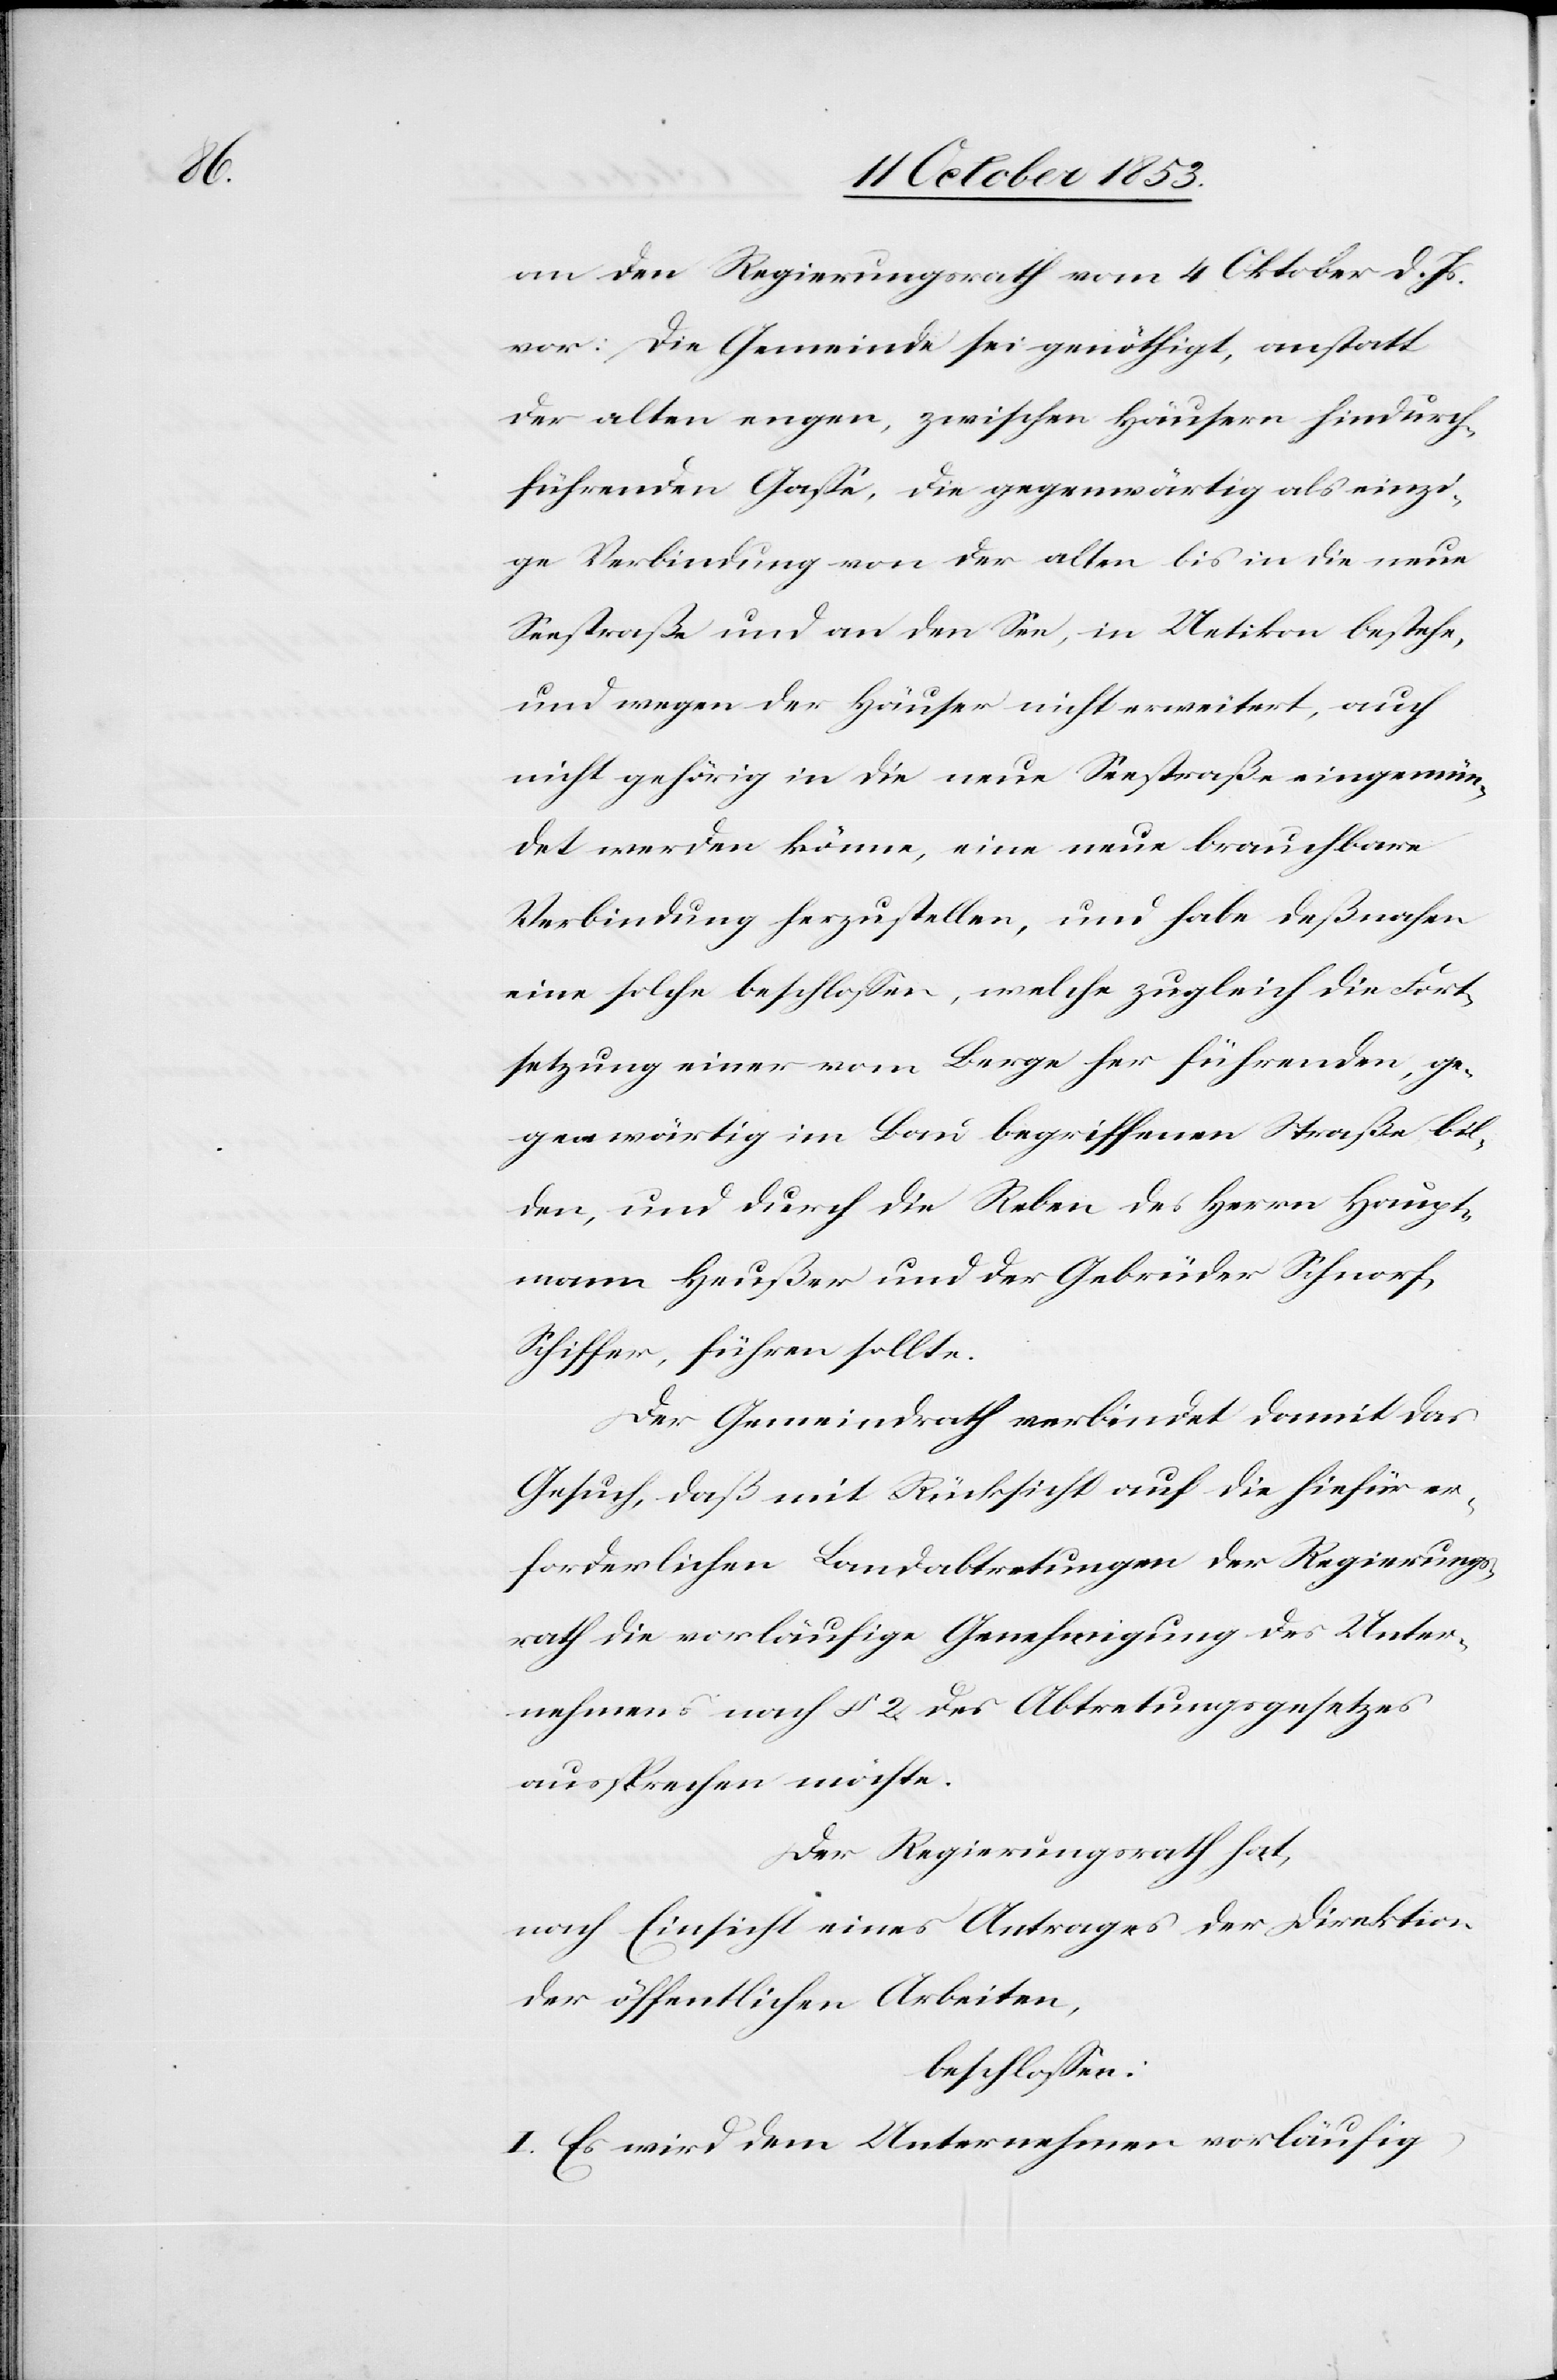
an den Regierungsrath vom 4 Oktober d. Js.
vor: Die Gemeinde sei genöthigt, anstatt
der alten engen, zwischen Häusern hindurch
führenden Gaße, die gegenwärtig als einzi¬
ge Verbindung von der alten bis in die neue
Seestraße und an den See, in Uetikon bestehe,
und wegen der Häuser nicht erweitert, auch
nicht gehörig in die neue Seestraße eingemün¬
det werden könne, eine neue brauchbare
Verbindung herzustellen, und habe deßnahen
eine solche beschloßen, welche zugleich durch die Fort¬
setzung einer vom Berge her führenden, ge¬
genwärtig im Bau begriffenen Straße bil¬
den, und durch die Reben des Herrn Haupt¬
mann Heußer und die Gebrüder Schnorf,
Schiffer, führen sollte.
Der Gemeindrath verbindet damit das
Gesuch, daß mit Rücksicht auf die hiefür er¬
forderlichen Landabtretungen der Regierungs¬
rath die vorläufige Genehmigung des Unter¬
nehmens nach § 2 des Abtretungsgesetzes
aussprechen möchte.
Der Regierungsrath hat,
nach Einsicht eines Antrages der Direktion
der öffentlichen Arbeiten,
beschloßen:
I. Es wird dem Unternehmen vorläufig